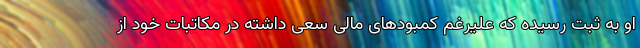
او به ثبت رسیده که علیرغم کمبودهای مالی سعی داشته در مکاتبات خود از